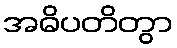
အဓိပတိတွာ